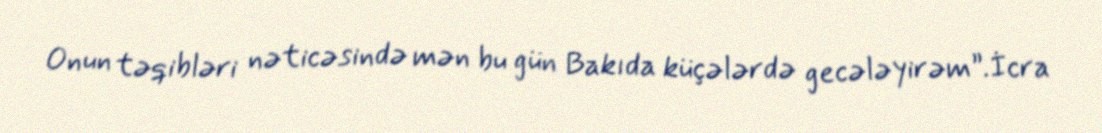
Onun təqibləri nəticəsində mən bu gün Bakıda küçələrdə gecələyirəm”.İcra